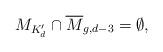
LaTeX: \begin{align*}M_{K'_d} \cap \overline{M}_{g,d-3} = \emptyset,\end{align*}